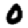
Digit: 0